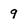
Character: 9